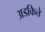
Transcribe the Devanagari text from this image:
अडकित्ते